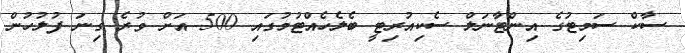
ސާކް ސަމިޓުގެ އިންޓާނަލް ސެކިއުރިޓީ ބެލެހެއްޓުމުގައި 500 އަށް ވުރެ ގިނަ ފުލުހުން